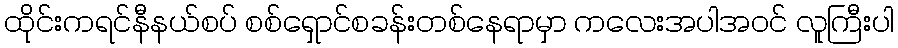
ထိုင်းကရင်နီနယ်စပ် စစ်ရှောင်စခန်းတစ်နေရာမှာ ကလေးအပါအဝင် လူကြီးပါ